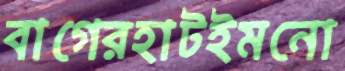
বাগেরহাটইমনো